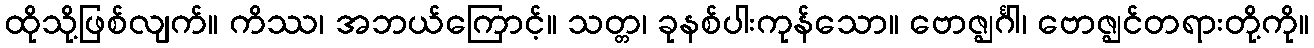
ထိုသို့ဖြစ်လျက်။ ကိဿ၊ အဘယ်ကြောင့်။ သတ္တ၊ ခုနစ်ပါးကုန်သော။ ဗောဇ္ဈင်္ဂါ၊ ဗောဇ္ဈင်တရားတို့ကို။